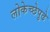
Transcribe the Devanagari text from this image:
लोकेच्छेपुढे